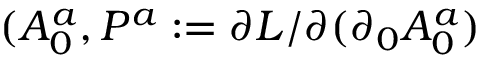
( A _ { 0 } ^ { a } , P ^ { a } : = \partial L / \partial ( \partial _ { 0 } { A } _ { 0 } ^ { a } )